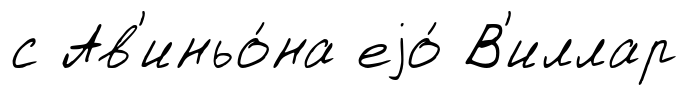
с Ав'иньо́на еjо́ В'иллар